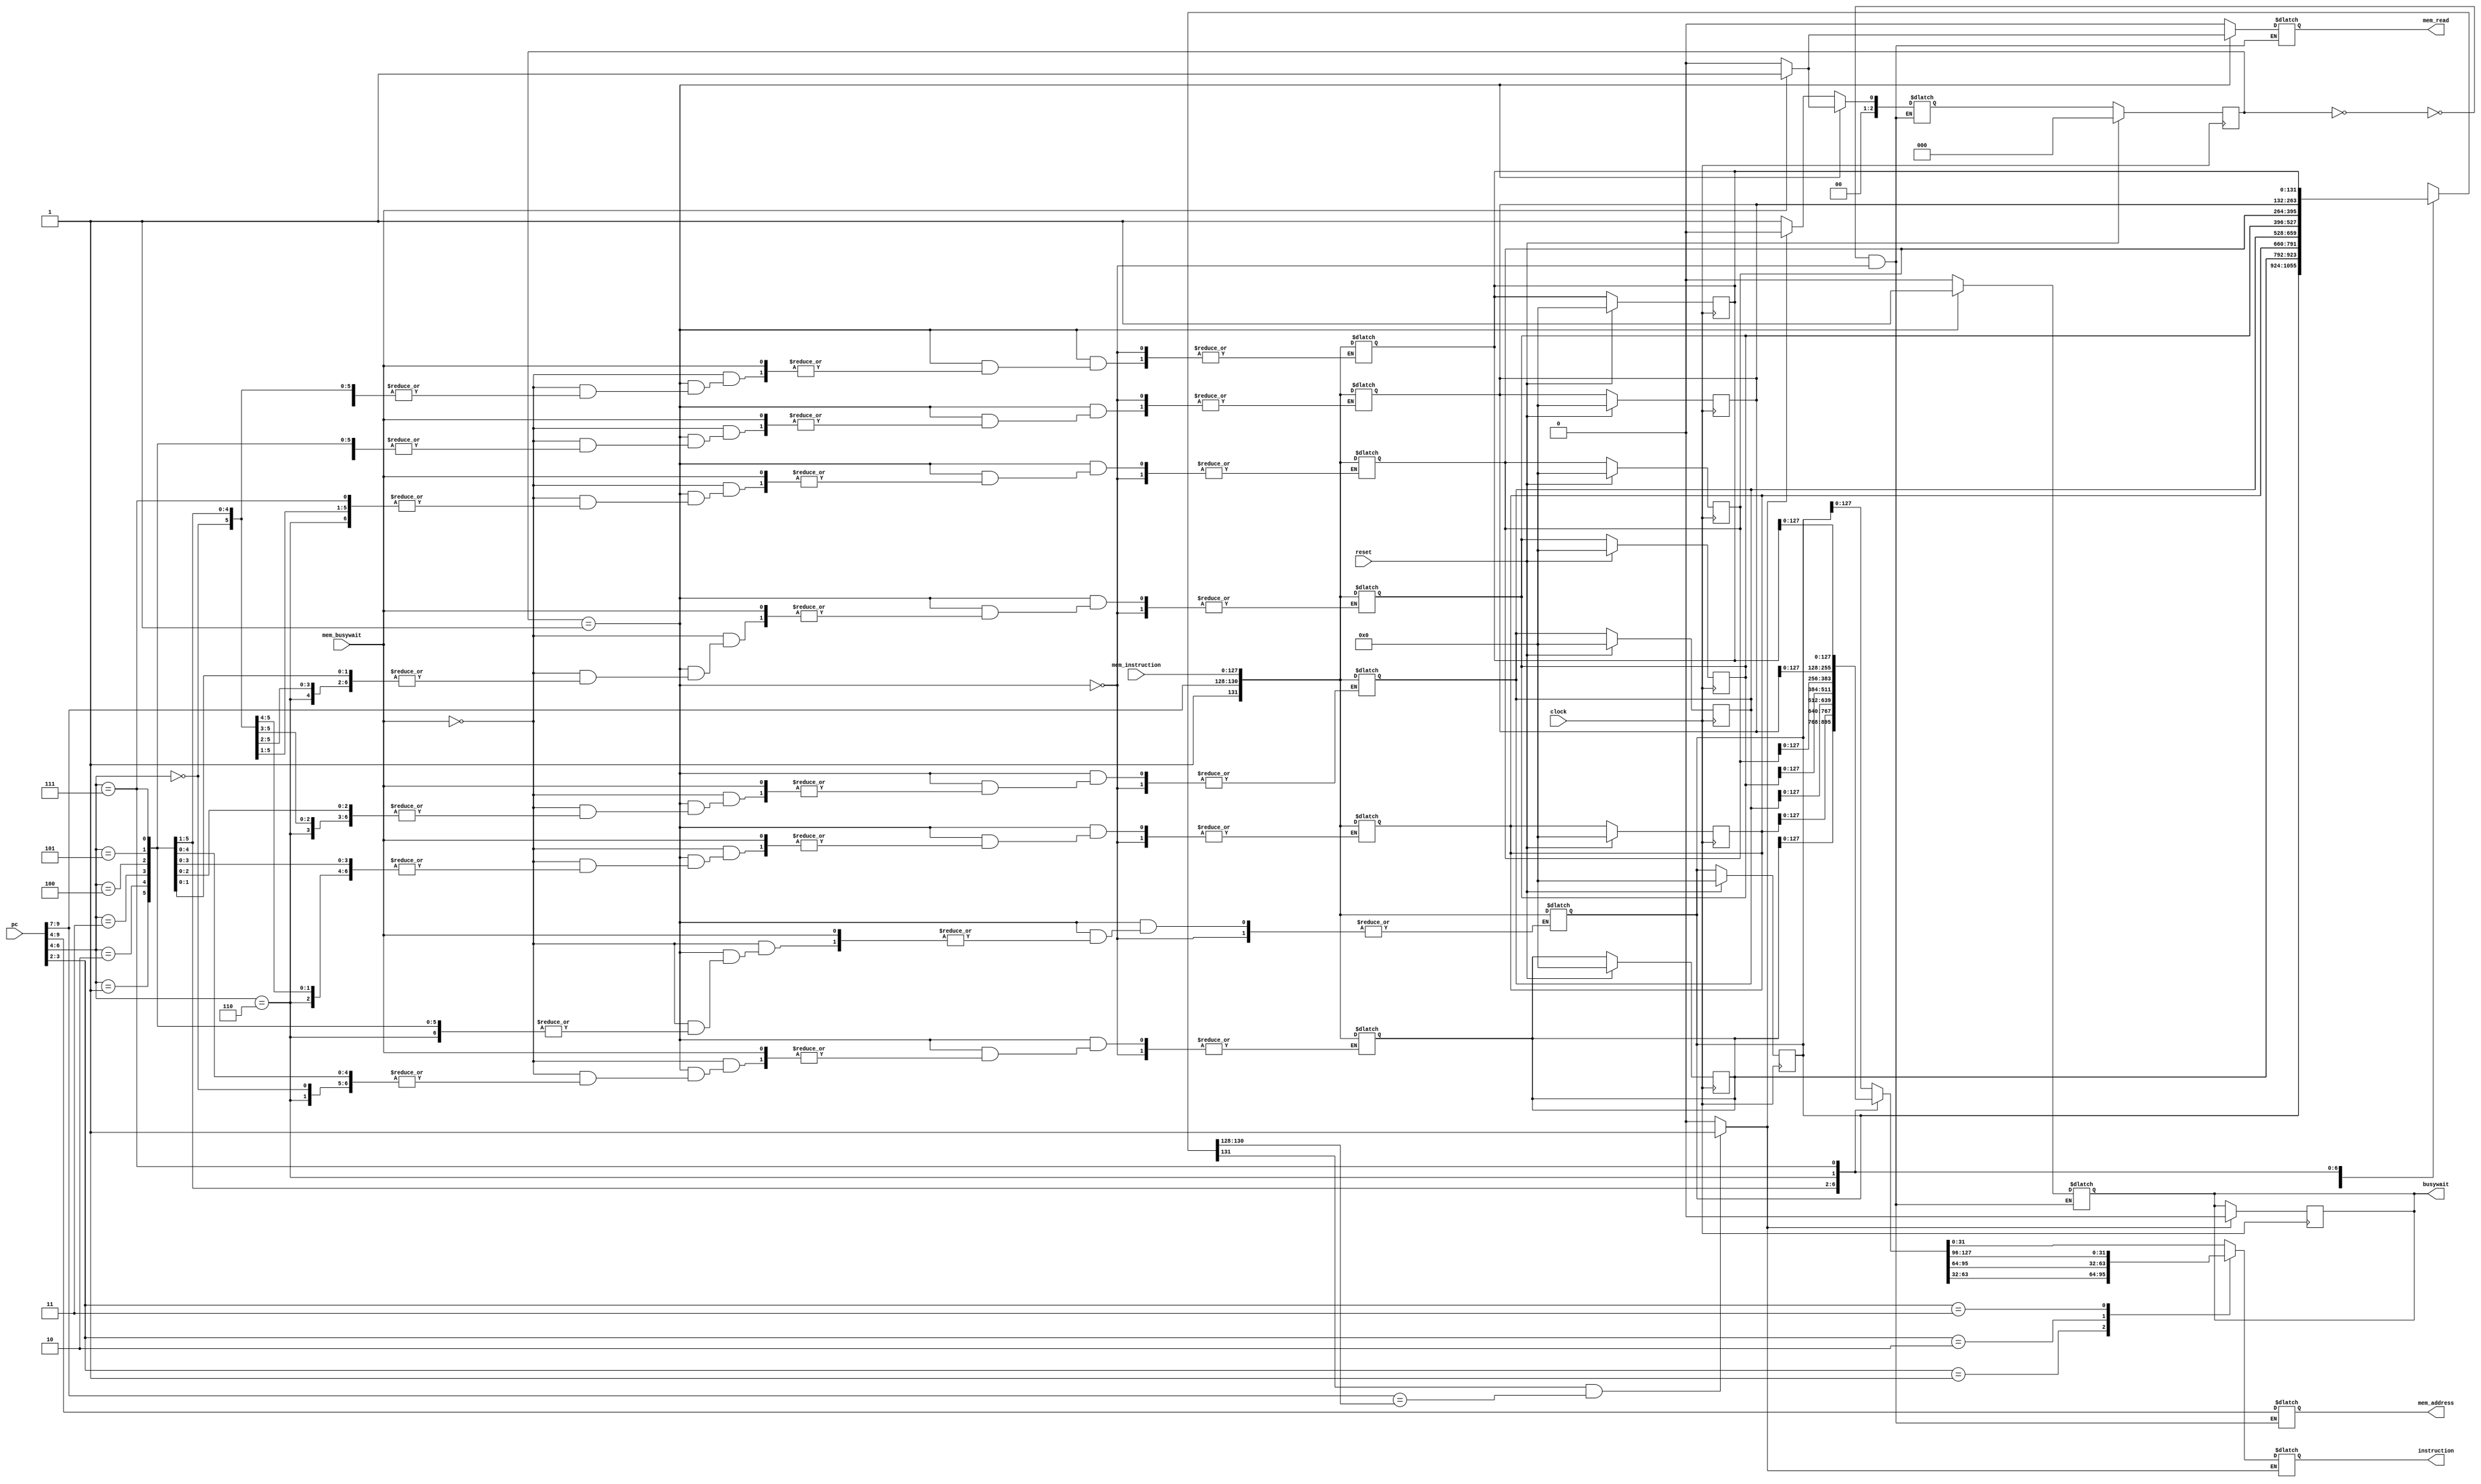
module icache(
	clock,
    reset,
    pc,
    busywait,
    instruction,
    mem_read,
    mem_busywait,
    mem_address,
    mem_instruction
);
    input clock;
    input reset;
    input [31:0] pc;
    output reg busywait;
    output reg [31:0] instruction;

    output reg mem_read;
    input mem_busywait;
    output reg [5:0] mem_address;
    input [127:0] mem_instruction;//read data from memory

    wire[2:0] tag;
    wire[2:0] index;
    wire[1:0] offset;

    wire[2:0] cache_tag;//relevent tag value in the cache

    integer i;

    //                8-blocks
    //                   ||
    reg[131:0] cache_mem[7:0];//valid,  tag,    data                         
    //                          1bit    3bit    128bit(16 bytes/4 words)     ==> 132bit
    // always @(pc)begin
    //     busywait = 1;
    // end

    always @(posedge clock)begin
        if (hit) busywait = 0;
    end

    //Combinational part for indexing, tag comparison for hit deciding, etc.
    assign #1 tag = pc[9:7];
    assign #1 index = pc[6:4];//extracting relevent bits from the pc
    assign #1 offset = pc[3:2];

    assign cache_tag = cache_mem[index][130:128];
    assign valid = cache_mem[index][131];

    assign #0.9 hit = (valid && (tag==cache_tag)) ? 1 : 0;//tag comparison and checking for validity
    
    /* Cache Controller FSM Start */

    parameter IDLE = 3'b0, MEM_READ = 3'b1;
    reg [2:0] state, next_state;

    // combinational next state logic
    always @(*)
    begin
        case (state)
            IDLE:
                if (!hit)//miss  
                    next_state = MEM_READ;
                else 
                    next_state = IDLE;
            
            MEM_READ:
                if (!mem_busywait)
                    next_state = IDLE;
                else    
                    next_state = MEM_READ;
            
        endcase
    end

    // combinational output logic
    always @(*)
    begin
        case(state)
            IDLE:
            begin
                mem_read = 0;
                mem_address = 9'bz;
                busywait = 0;                

            end
        
            MEM_READ: 
            begin
                mem_read = 1;
                mem_address = {tag, index};
                busywait = 1;
                #1 if(!mem_busywait)begin //storing the correct data ftched from memory due to a miss
                cache_mem[index] =  {1'b1,tag,mem_instruction};//valid
                mem_read = 0;
                end
                
            end
            
        endcase
    end

    // sequential logic for state transitioning 
    always @(posedge clock)
    begin
        if(reset)
            state = IDLE;
        else
            state = next_state;
    end

    always @(posedge clock)
    begin
    if(reset) begin
        for(i=0;i<8;i++) begin
            cache_mem[i] = 0;
        end
    end
    end

    //reading
    always @ (*) begin 
    if(hit)
    begin
        case(offset)
        2'b00:instruction = #1 cache_mem[index][31:0];
        2'b01:instruction = #1 cache_mem[index][63:32];
        2'b10:instruction = #1 cache_mem[index][95:64];
        2'b11:instruction = #1 cache_mem[index][127:96];
        default: instruction = 8'bz;
        endcase
    end
    end
endmodule